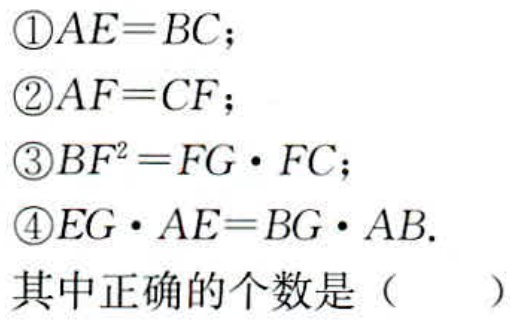
\textcircled{1}$AE = BC$；
\textcircled{2}$AF = CF$；
\textcircled{3}$BF^{2}=FG\cdot FC$；
\textcircled{4}$EG\cdot AE = BG\cdot AB$.
其中正确的个数是（  ）